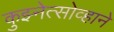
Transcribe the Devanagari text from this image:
कुझ्नेत्सोव्हाने